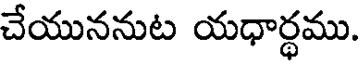
చేయుననుట యధార్ధము.